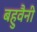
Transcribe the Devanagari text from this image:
बहुवैनी